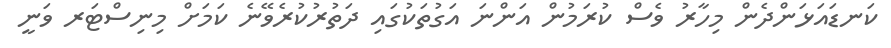
ކަނޑައަޅަންދެން މިހާރު ވެސް ކުރަމުން އަންނަ އަގުތަކުގައި ދަތުރުކުރެވޭނެ ކަމަށް މިނިސްޓަރ ވަނީ